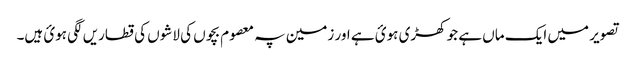
تصویر میں ایک ماں ہے جو کھڑی ہوئ ہے اور زمین پہ معصوم بچوں کی لاشوں کی قطاریں لگی ہوئ ہیں۔